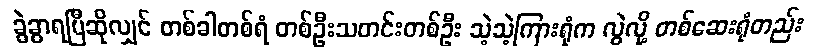
ခွဲခွာရပြီဆိုလျှင် တစ်ခါတစ်ရံ တစ်ဦးသတင်းတစ်ဦး သဲ့သဲ့ကြားရုံက လွဲလို့ တစ်ဆေးရုံတည်း